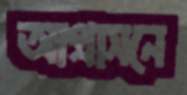
আগ্রাসনে